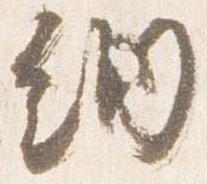
納